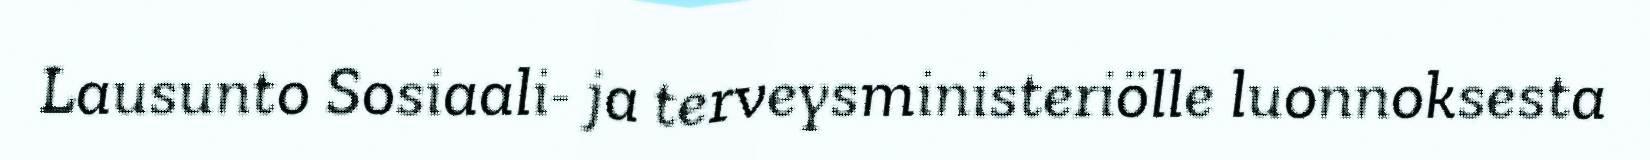
Lausunto Sosiaali- ja terveysministeriölle luonnoksesta